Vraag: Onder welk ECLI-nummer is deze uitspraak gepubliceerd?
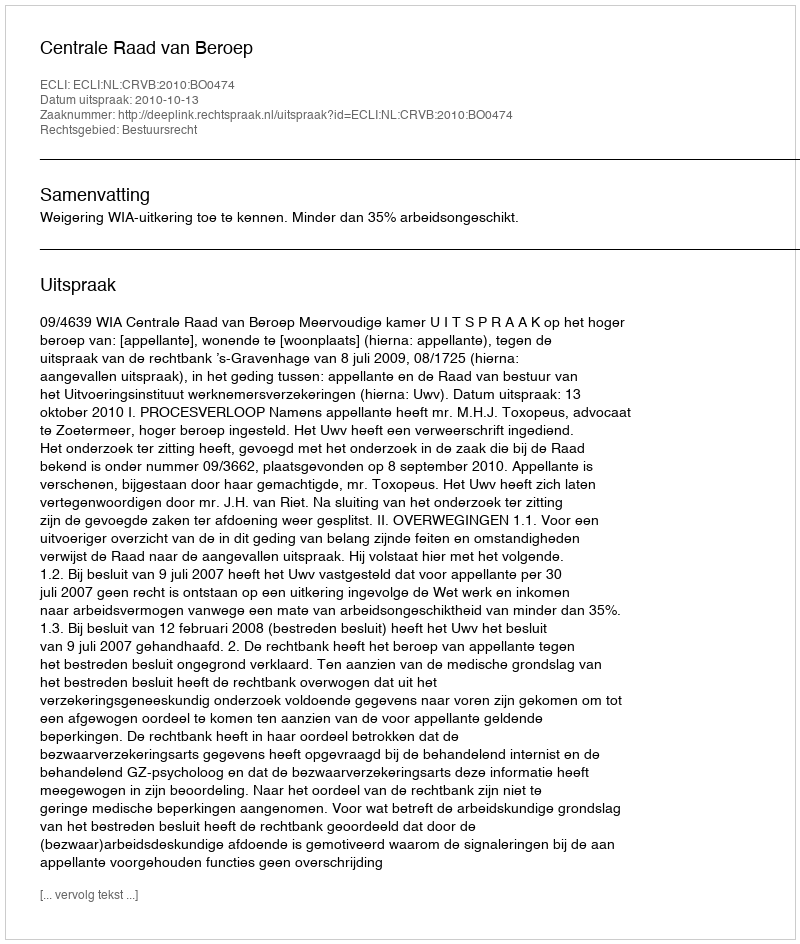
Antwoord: ECLI:NL:CRVB:2010:BO0474